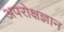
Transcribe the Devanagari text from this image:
अपरोक्षज्ञान